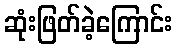
ဆုံးဖြတ်ခဲ့ကြောင်း